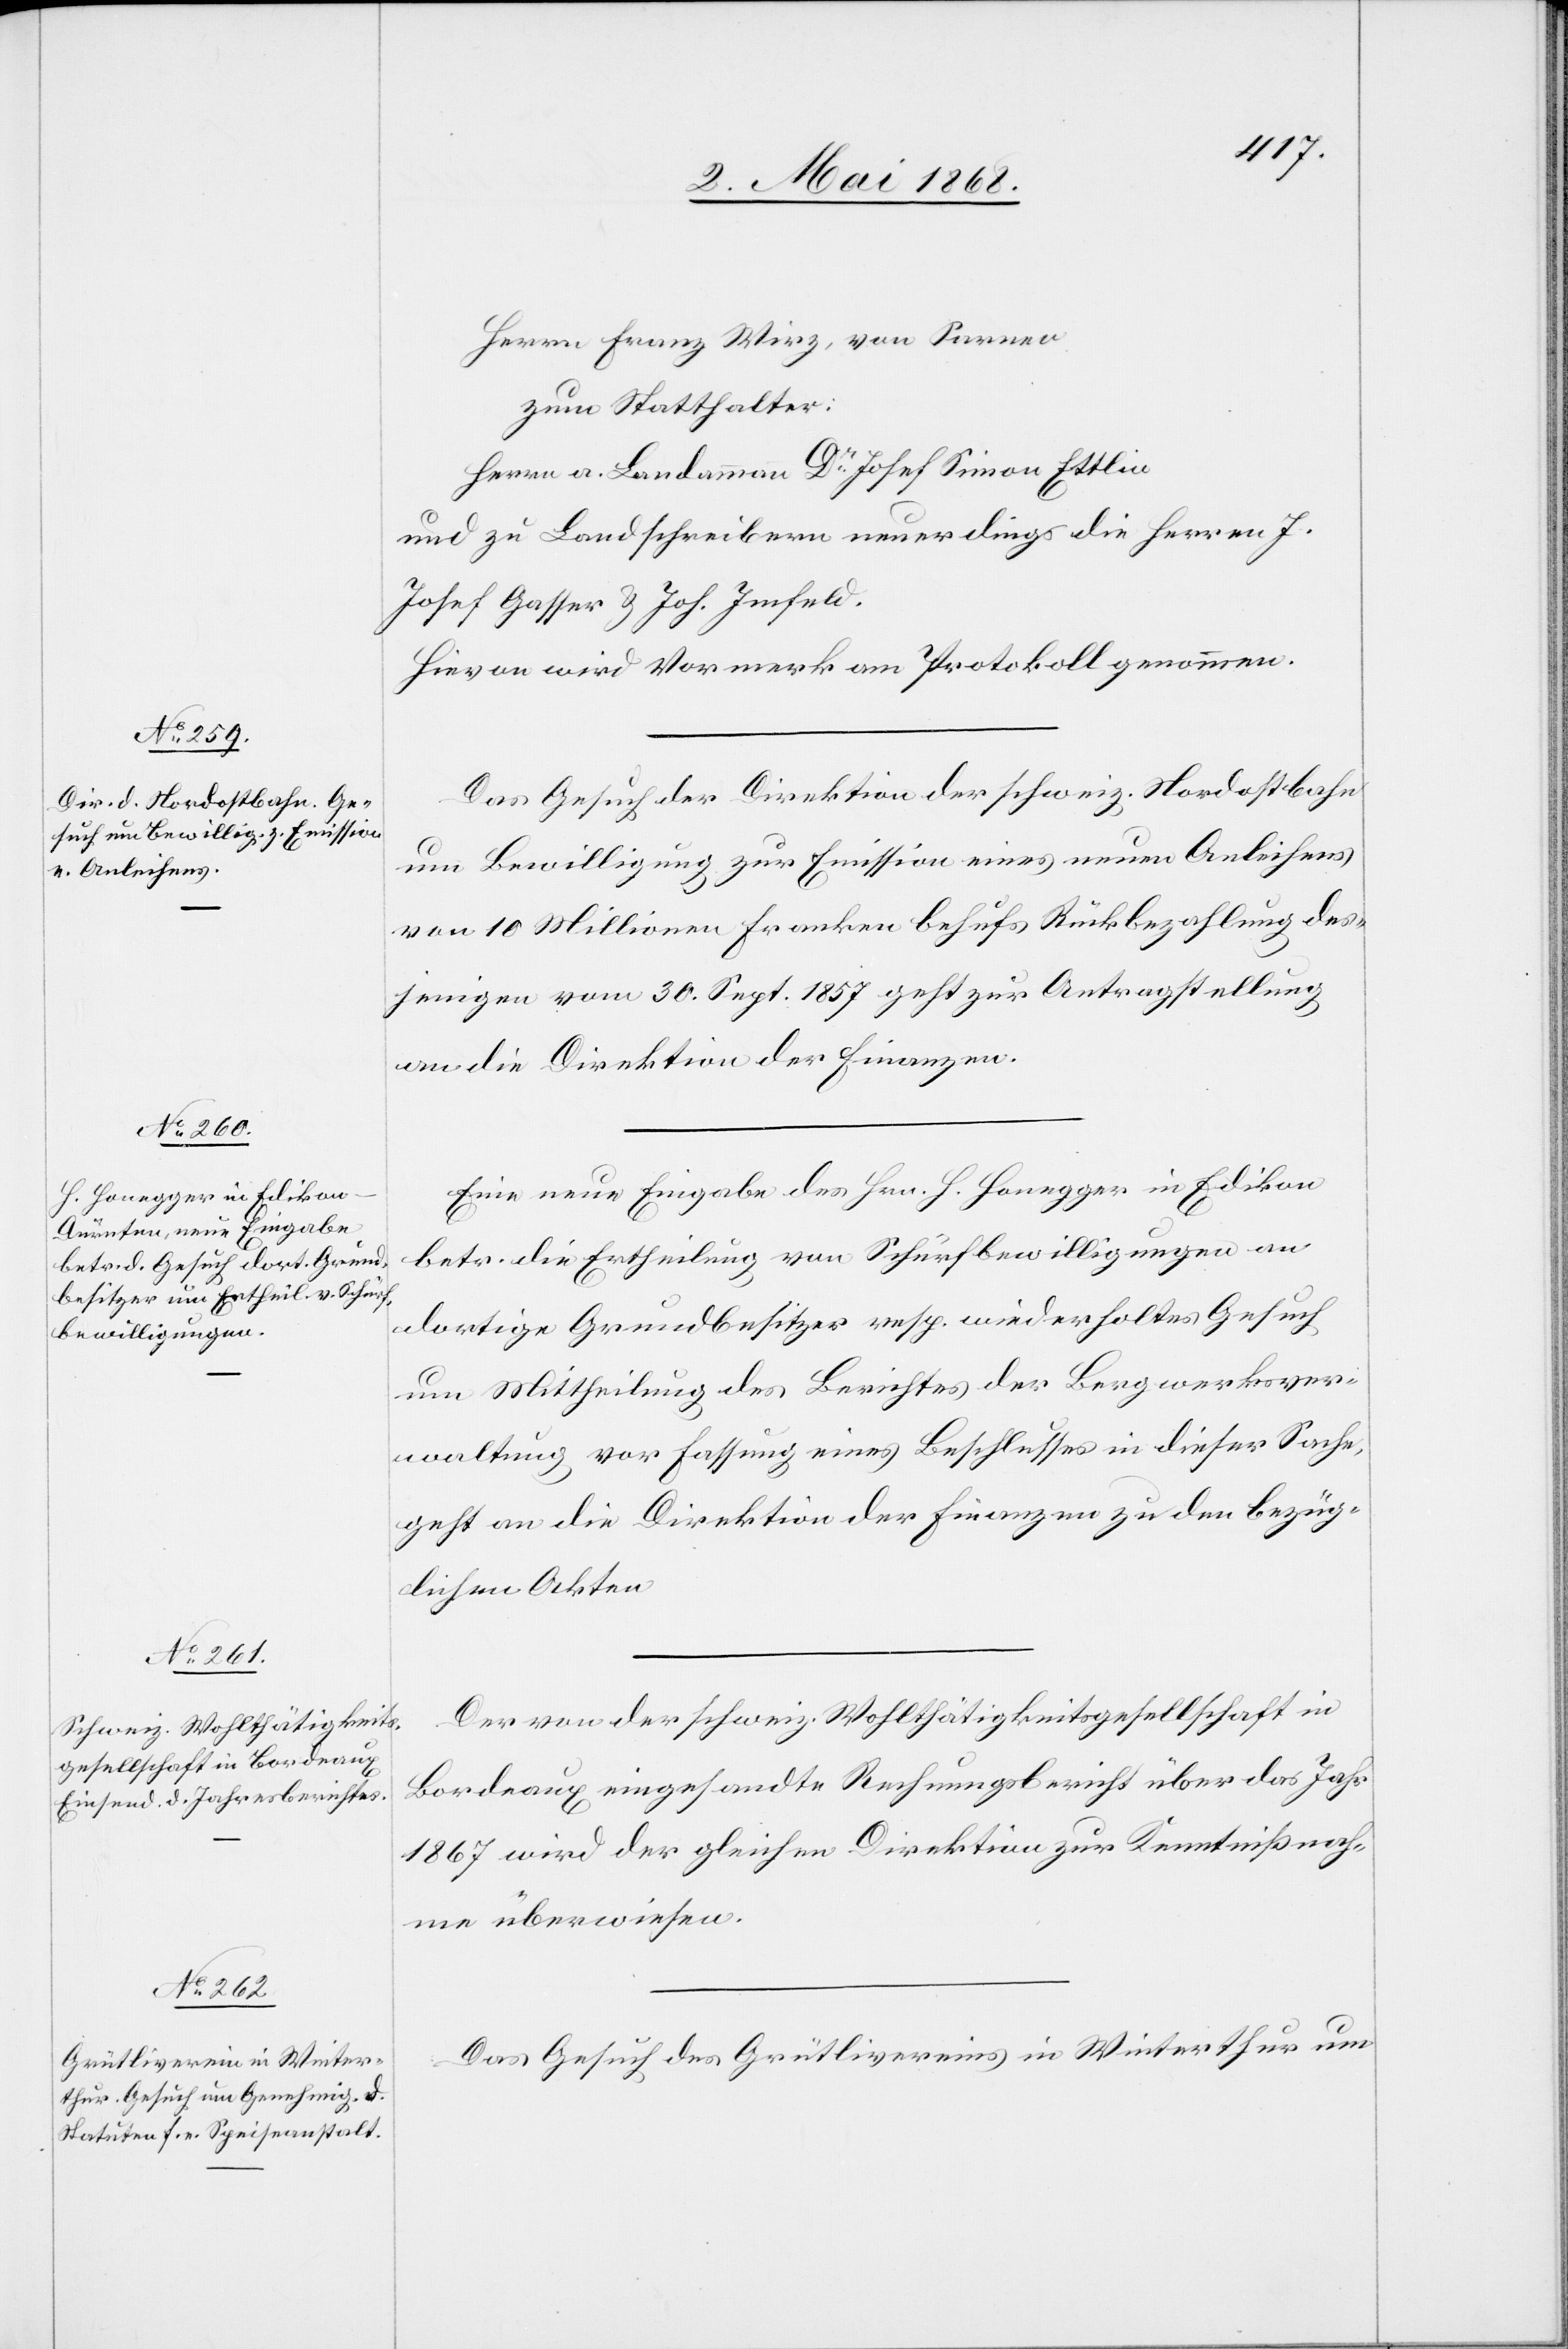
6. Mai 1868.]
Herrn Franz Wirz, von Sarnen
zum Statthalter:
Herrn a. Landammann Dr. Josef Simon Ettlin
und zu Landschreibern neuerdings die Herren J.
Josef Gasser & Joh. Imfeld.
Hievon wird Vormerk am Protokoll genommen.
Das Gesuch der Direktion der schweiz. Nordostbahn
um Bewilligung zur Emission eines neuen Anleihens
von 10 Millionen Franken behufs Rückbezahlung des¬
jenigen vom 30. Sept. 1857 geht zur Antragstellung
an die Direktion der Finanzen.
Eine neue Eingabe des Hrn. H. Honegger in Edikon
betr. die Ertheilung von Schürfbewilligungen an
dortige Grundbesitzer resp. wiederholtes Gesuch
um Mittheilung des Berichtes der Bergwerksver¬
waltung vor Fassung eines Beschlusses in dieser Sache,
geht an die Direktion der Finanzen zu den bezüg¬
lichen Akten[.]
Der von der schweiz. Wohlthätigkeitsgesellschaft in
Bordeaux eingesandte Rechnungsbericht über das Jahr
1867 wird der gleichen Direktion zur Kenntnißnah¬
me überwiesen.
Das Gesuch des Grütlivereins in Winterthur um